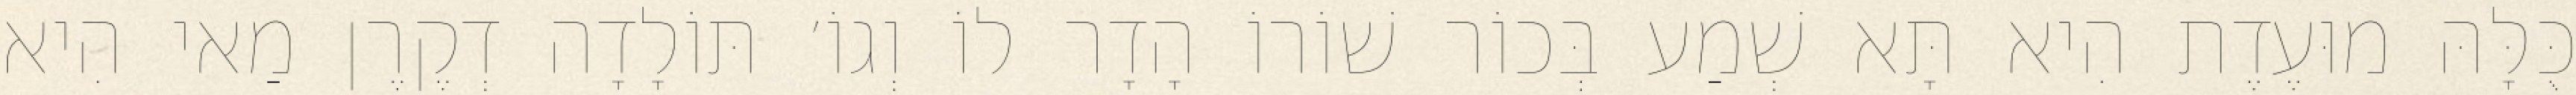
כֻּלָּהּ מוּעֶדֶת הִיא תָּא שְׁמַע בְּכוֹר שׁוֹרוֹ הָדָר לוֹ וְגוֹ׳ תּוֹלָדָה דְקֶרֶן מַאי הִיא